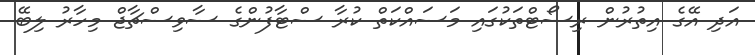
އަދި އޭގެ އިތުރުން ރިސޯޓްތަކުގައި މަސައްކަތް ކުރާ ސްޓާފުންގެ ސާވިސްޗާޖް މިހާރު ލިބޭ